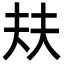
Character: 㚘